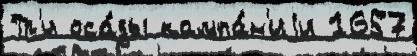
Тр'и оса́ды кампа́н'иjи 1657